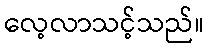
လေ့လာသင့်သည်။